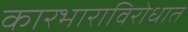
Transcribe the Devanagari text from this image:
कारभाराविरोधात